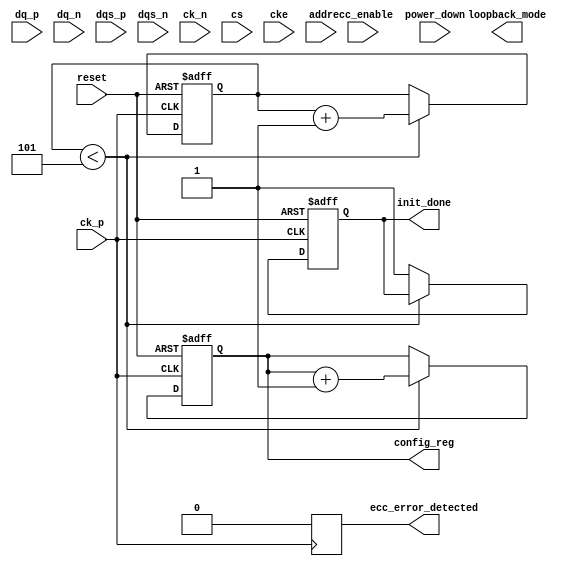
module gddr5x_io_block (
    // Differential Data Signals
    input  wire [15:0] dq_p,    // Positive data lines
    input  wire [15:0] dq_n,    // Negative data lines
    input  wire [1:0] dqs_p,    // Positive data strobe signals
    input  wire [1:0] dqs_n,    // Negative data strobe signals

    // Differential Clock Signals
    input  wire ck_p,           // Positive clock
    input  wire ck_n,           // Negative clock

    // Command Signals
    input  wire cs,             // Chip Select
    input  wire cke,            // Clock Enable
    input  wire [15:0] addr,    // Address signals

    // Initialization and Configuration
    output reg init_done,        // Initialization complete signal
    output reg [7:0] config_reg, // Configuration register

    // Error Detection and Correction
    input  wire ecc_enable,      // ECC enable signal
    output reg ecc_error_detected,// ECC error detected signal

    // Reset and Power Management
    input  wire reset,           // Reset signal
    input  wire power_down,      // Power down signal

    // Debugging
    output reg loopback_mode     // Loopback mode status
);

// Parameters for Timing Control
parameter CLK_PERIOD = 10;      // Clock period in ns
parameter DQS_DELAY = 2;         // DQS delay in ns
parameter INIT_SEQ_LENGTH = 5;   // Length of initialization sequence

// Internal Signals
reg [3:0] init_counter;          // Counter for initialization sequence
reg power_state;                 // Current power state

// Initialization Sequence
always @(posedge ck_p or negedge reset) begin
    if (!reset) begin
        init_done <= 1'b0;
        init_counter <= 0;
        config_reg <= 8'h00;
    end else if (init_counter < INIT_SEQ_LENGTH) begin
        init_counter <= init_counter + 1;
        // Example: Set configuration register during init
        config_reg <= config_reg + 1;
    end else begin
        init_done <= 1'b1; // Initialization done
    end
end

// Power Management
always @(posedge ck_p or negedge reset) begin
    if (!reset) begin
        power_state <= 1'b0; // Active state
    end else if (power_down) begin
        power_state <= 1'b1; // Power down state
    end else if (cke) begin
        power_state <= 1'b0; // Active state
    end
end

// ECC Error Detection (Simplified)
always @(posedge ck_p) begin
    if (ecc_enable) begin
        // Simplified ECC logic (example)
        // Here, implement your ECC check logic
        ecc_error_detected <= 1'b0; // Set to 1 if an error is detected
    end else begin
        ecc_error_detected <= 1'b0; // No ECC check
    end
end

// Loopback Mode (for debugging)
always @(posedge ck_p) begin
    if (loopback_mode) begin
        // Route output data back to input (example)
        // Implement loopback logic here
    end
end

endmodule